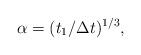
LaTeX: \begin{align*}\alpha=(t_1/\Delta t)^{1/3},\end{align*}